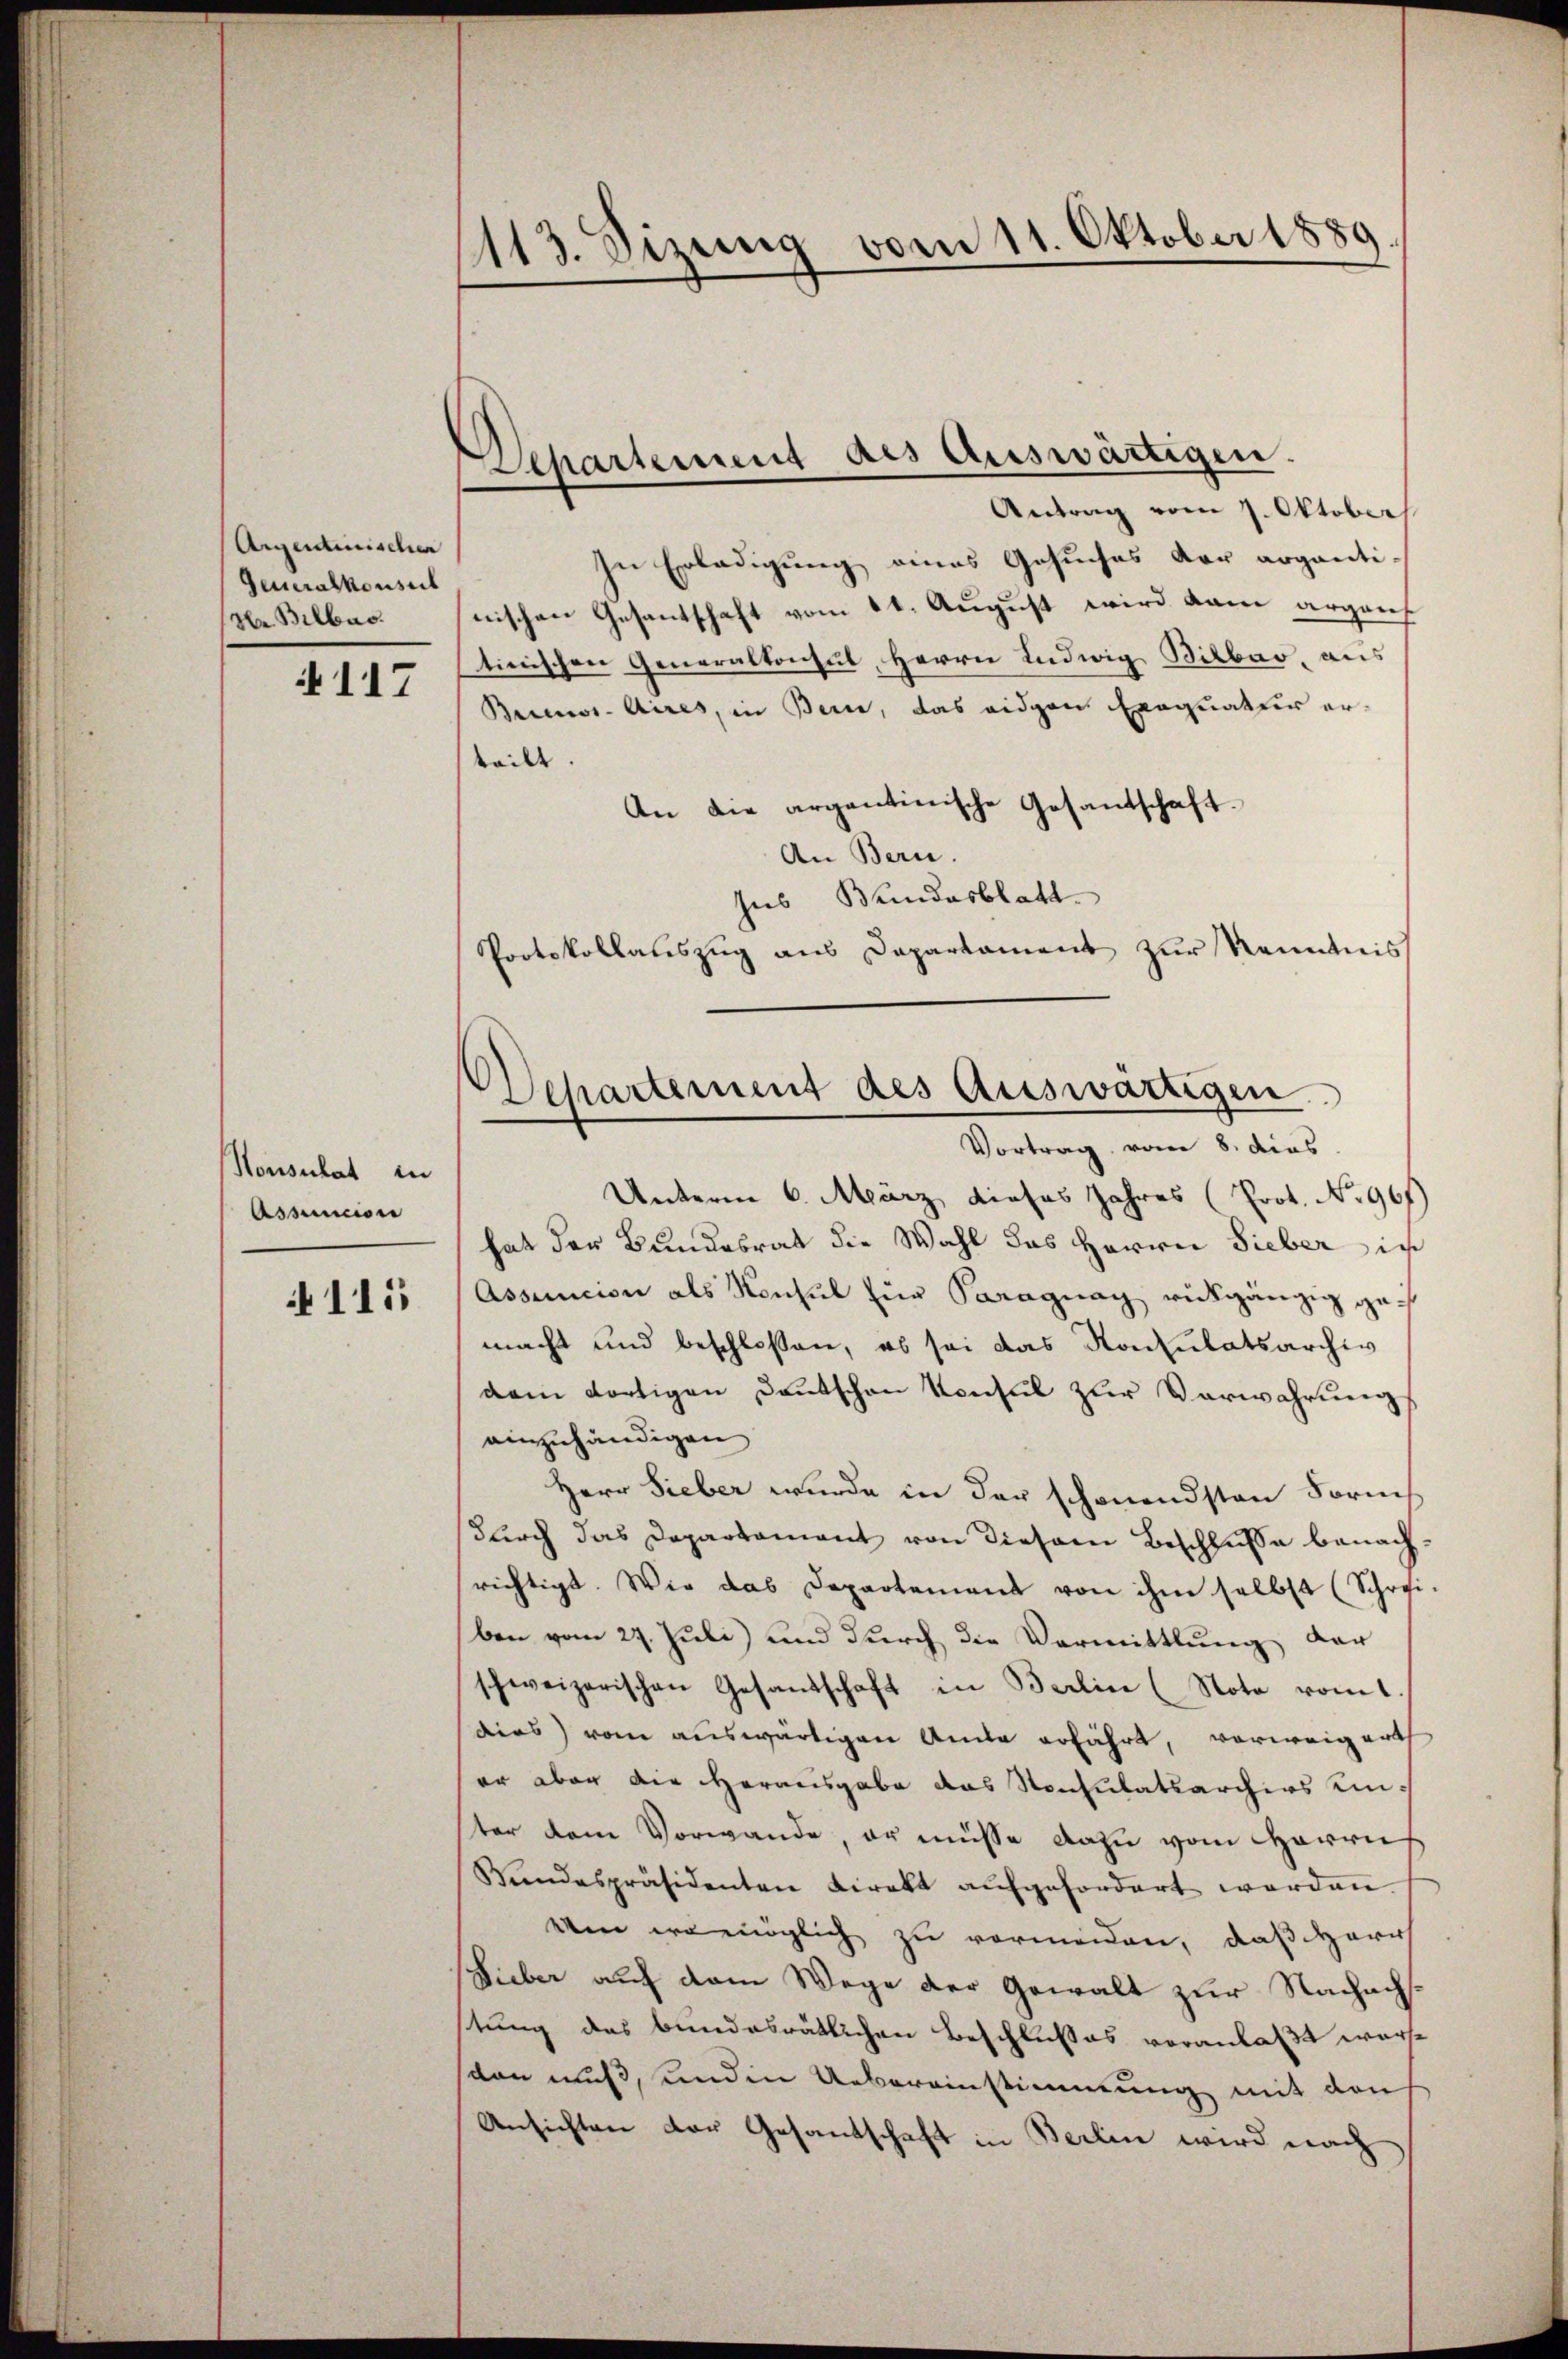
Argentinischen
Generalkonsul
Hr. Bilbar.

4117

Honsulat in
Assuncion

115

113. Sizung von 11. Oktober 1889.

Separtement des Auswärtigen.

Antrag vom 7. Oktober
In Erledigung eines Gesuches der arganti-
nischen Gesantschaft vom 11. August wird kam argauf
tinischen Generalkonsul, Herrn Ludwig Bilbar, aus
Biener. Aires, in Bern, das eidgen Exequatur erteilte.
An die argentinische Gesantschaft.
An Bern.
sies Bundesblatt
Protokollauszug aus Departament zur Kenntnis
Unterm 6. März dieses Jahres (Prot. No. 967)
hat der Bundesrat die Wahl das Herrn Sieber in
Assecion als Konsul für Paragnag rückgängig gemacht und beschlossen, es sei das Konsulatsarchiv
dem dortigen Deutschen Konsul zur Verwahrung
einzuhändigen
Herr Fieber wurde in der schonendsten Formes
durch das Departament von diesem Beschlusse benachrichtigt. Wie das Departement von ihm selbst (Schrei-
ben vom 27. Juli) und durch die Vermittlung der
schweizerischen Gesandschaft in Berlin (Nota vom 1.
dies vom auswärtigen Ande erfährt, verweig erth
er aber die Herausgabe das Konsulatsarchivs Kin-
ter dem Vorwande, er müsse dazu vom Harrie
Bundespräsidenten Direkt aufgefordert worden
Uen womöglich zu vermeiden, daß Herr
Sieber auf dem Wege der Gewalt zur Nachachstung des bundesrätlichen Beschlußes veranlaßt worston muß, und in Uebereinstimmung mit den
Ansichten der Gesandschaft in Berlin wird nach

Departement des Auswärtigen.
Vortrag vom 8. dies